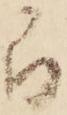
間